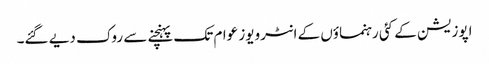
اپوزیشن کے کئی رہنماؤں کے انٹرویوز عوام تک پہنچنے سے روک دیے گئے۔